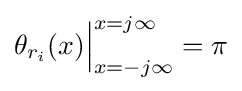
\theta _{r_{i}}(x){\Big |}_{x=-j\infty }^{x=j\infty }=\pi